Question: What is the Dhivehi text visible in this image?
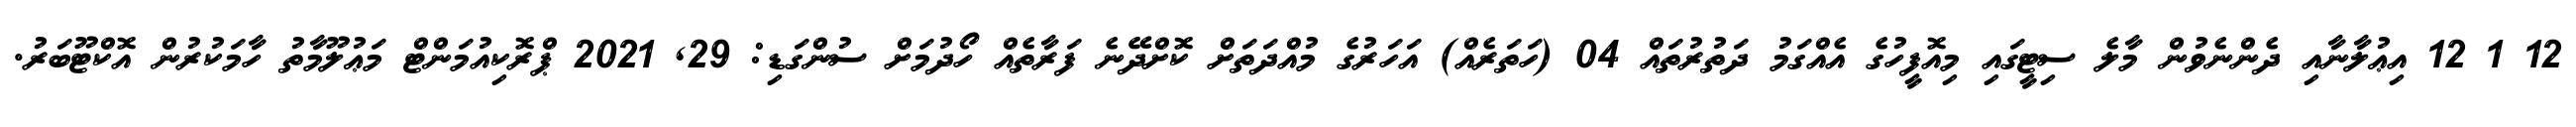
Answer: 12 1 12 އިޢުލާނާއި ދެންނެވުން މާލެ ސިޓީގައި މިއޮފީހުގެ އެއްގަމު ދަތުރުތައް 04 (ހަތަރެއް) އަހަރުގެ މުއްދަތަށް ކޮށްދޭނެ ފަރާތެއް ހޯދުމަށް ސުންގަޑި: 29, 2021 ޕްރޮކިއުމަންޓް މަޢުލޫމާތު ހާމަކުރުން އޮކްޓޫބަރު.